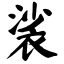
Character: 裟